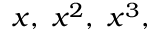
x , \ x ^ { 2 } , \ x ^ { 3 } ,